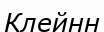
Клейнн